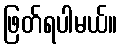
ဖြတ်ရပါမယ်။